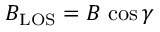
B _ { \mathrm { L O S } } = B \, \cos \gamma